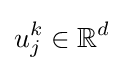
u_{j}^{k}\in \mathbb {R} ^{d}